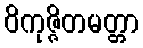
ဝိကုဇ္ဇိတမတ္တာ